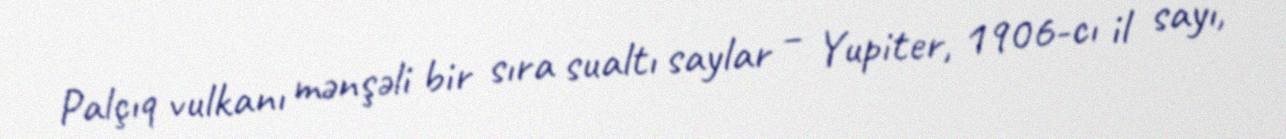
Palçıq vulkanı mənşəli bir sıra sualtı saylar – Yupiter, 1906-cı il sayı,